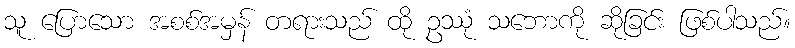
သူ ပြောသော အစစ်အမှန် တရားသည် ထို ဥဿုံ သဘောကို ဆိုခြင်း ဖြစ်ပါသည်။